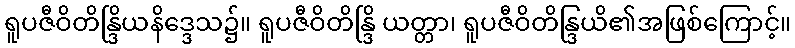
ရူပဇီဝိတိန္ဒြိယနိဒ္ဒေသ၌။ ရူပဇီဝိတိန္ဒြိ ယတ္တာ၊ ရူပဇီဝိတိန္ဒြယိ၏အဖြစ်ကြောင့်။